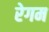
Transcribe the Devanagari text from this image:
रेगम